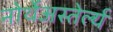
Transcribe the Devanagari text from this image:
नोर्थेअस्तेर्ल्य